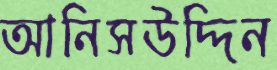
আনিসউদ্দিন